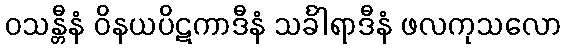
ဝသန္တီနံ ဝိနယပိဋကာဒီနံ သင်္ခါရာဒီနံ ဖလကုသလော